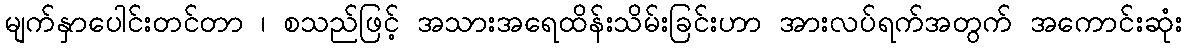
မျက်နှာပေါင်းတင်တာ ၊ စသည်ဖြင့် အသားအရေထိန်းသိမ်းခြင်းဟာ အားလပ်ရက်အတွက် အကောင်းဆုံး